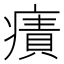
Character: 𤹠